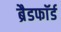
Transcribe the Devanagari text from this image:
ब्रैडफाॅर्ड